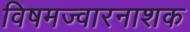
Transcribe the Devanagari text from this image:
विषमज्वारनाशक